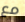
مع